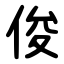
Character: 俊